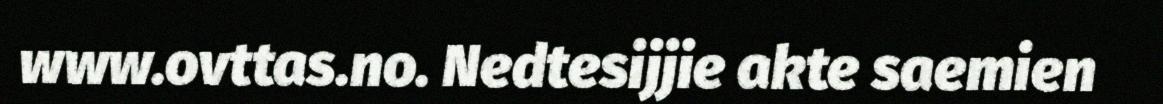
www.ovttas.no. Nedtesijjie akte saemien